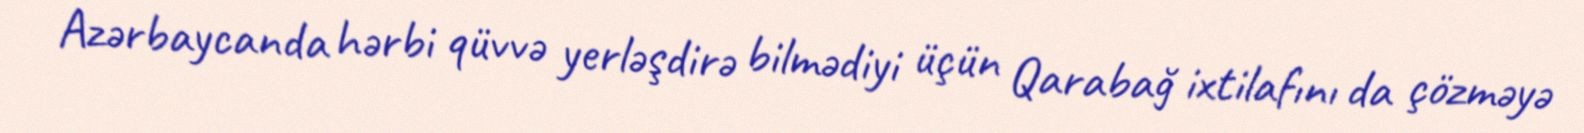
Azərbaycanda hərbi qüvvə yerləşdirə bilmədiyi üçün Qarabağ ixtilafını da çözməyə